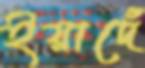
ইয়াদেঁ